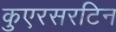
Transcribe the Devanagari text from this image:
कुएरसरटिन